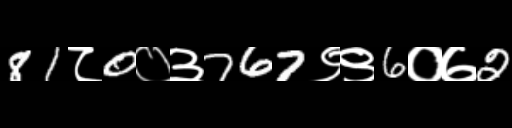
Text: 81८0०३767९९6०७2